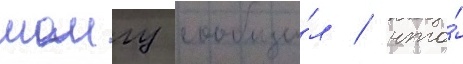
шоигу сообщи́л / что́